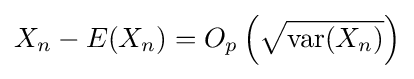
X_{n}-E(X_{n})=O_{p}\left({\sqrt {\operatorname {var} (X_{n})}}\right)